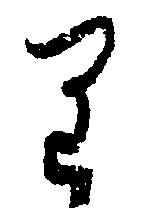
り